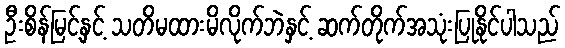
ဦးစိန်မြင့်နှင့် သတိမထားမိလိုက်ဘဲနှင့် ဆက်တိုက်အသုံးပြုနိုင်ပါသည်